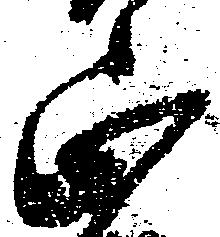
正